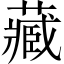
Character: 藏